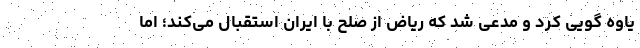
یاوه گویی کرد و مدعی شد که ریاض از صلح با ایران استقبال می‌کند؛ اما